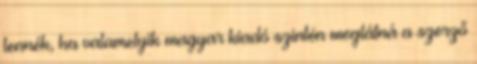
lennék, ha valamelyik magyar kiadó szintén meglátná a szerző